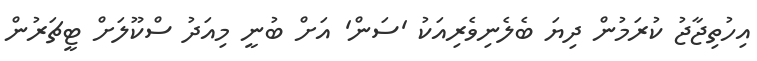
އިހުތިޖާޖު ކުރަމުން ދިޔަ ބެލެނިވެރިއަކު 'ސަން' އަށް ބުނީ މިއަދު ސްކޫލަށް ޓީޗަރުން